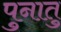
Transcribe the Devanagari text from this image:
पुनातु